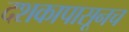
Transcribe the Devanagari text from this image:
दशकापासूनच